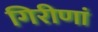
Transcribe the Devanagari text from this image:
गिरीणां